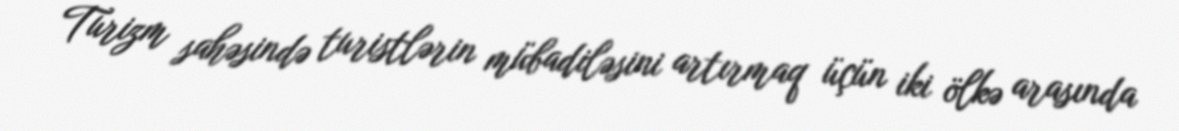
Turizm sahəsində turistlərin mübadiləsini artırmaq üçün iki ölkə arasında